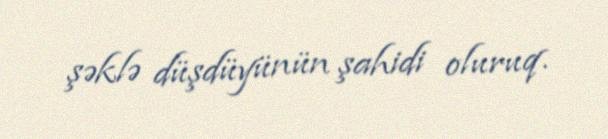
şəklə düşdüyünün şahidi oluruq.